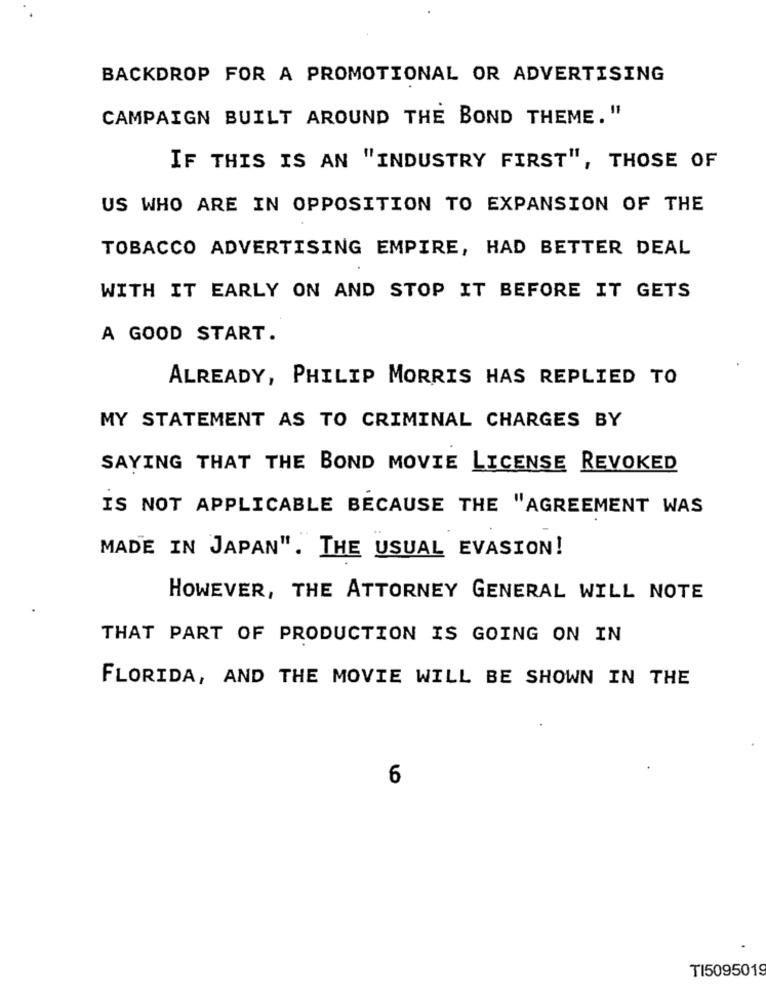
BACKDROP FOR A PROMOTIONAL OR ADVERTISING
CAMPAIGN BUILT AROUND THE BOND THEME."
IF THIS IS AN "INDUSTRY FIRST", THOSE OF
US WHO ARE IN OPPOSITION TO EXPANSION OF THE
TOBACCO ADVERTISING EMPIRE, HAD BETTER DEAL
WITH IT EARLY ON AND STOP IT BEFORE IT GETS
A GOOD START.
ALREADY, PHILIP MORRIS HAS REPLIED TO
MY STATEMENT AS TO CRIMINAL CHARGES BY
SAYING THAT THE BOND MOVIE LICENSE REVOKED
IS NOT APPLICABLE BECAUSE THE "AGREEMENT WAS
MADE IN JAPAN". THE USUAL EVASION!
HOWEVER, THE ATTORNEY GENERAL WILL NOTE
THAT PART OF PRODUCTION IS GOING ON IN
FLORIDA, AND THE MOVIE WILL BE SHOWN IN THE
6
TI5095019